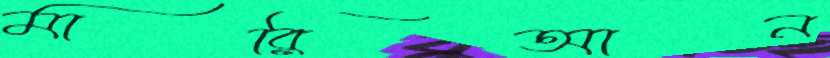
মারিআন